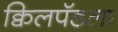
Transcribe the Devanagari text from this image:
क्विलपॅडला